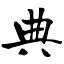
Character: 典